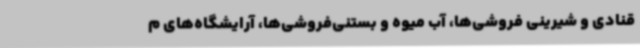
قنادی و شیرینی فروشی‌ها، آب میوه و بستنی‌فروشی‌ها، آرایشگاه‌های م